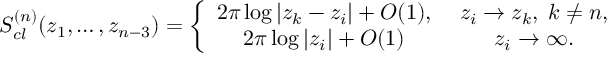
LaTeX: S _ { c l } ^ { ( n ) } ( z _ { 1 } , \ldots , z _ { n - 3 } ) = \left\{ \begin{array} { c c } { { 2 \pi \log | z _ { k } - z _ { i } | + { \cal O } ( 1 ) , \; } } & { { z _ { i } \to z _ { k } , \; k \ne n , } } \\ { { 2 \pi \log | z _ { i } | + { \cal O } ( 1 ) \; } } & { { z _ { i } \to \infty . } } \end{array} \right.